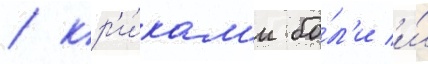
/ кр'и́кам'и бо́л'и и́